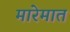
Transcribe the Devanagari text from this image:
मारेमात